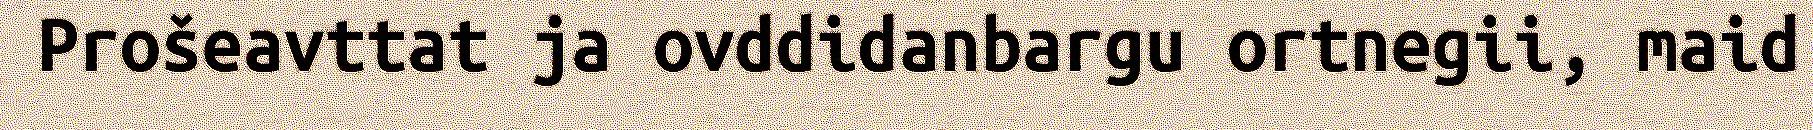
Prošeavttat ja ovddidanbargu ortnegii, maid